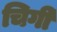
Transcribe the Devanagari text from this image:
चिगी